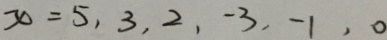
x = 5 , 3 , 2 , - 3 , - 1 , 0